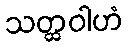
သတ္ထဝါဟံ